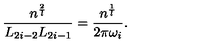
\frac { n ^ { \frac { 2 } { l } } } { L _ { 2 i - 2 } L _ { 2 i - 1 } } = \frac { n ^ { \frac { 1 } { l } } } { 2 \pi \omega _ { i } } .